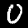
Label: 0